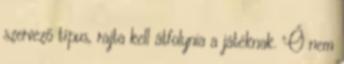
szervező típus, rajta kell átfolynia a játéknak. Ő nem